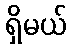
ရှိမယ်